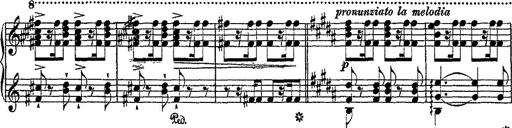
Title: Fantaisie romantique sur deux mÃ©lodies suisses
Composer: Franz Liszt